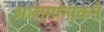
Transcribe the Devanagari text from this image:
आल्मानाकने